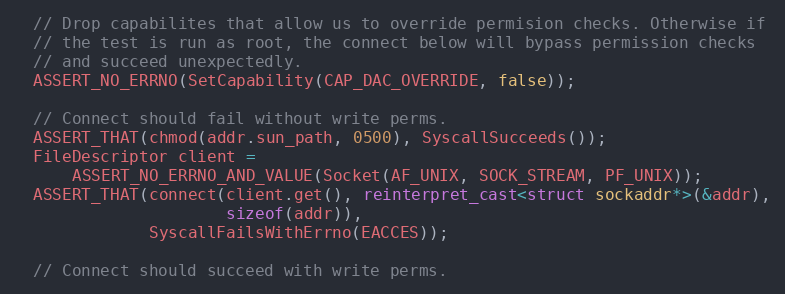
Language: C++
  // Drop capabilites that allow us to override permision checks. Otherwise if
  // the test is run as root, the connect below will bypass permission checks
  // and succeed unexpectedly.
  ASSERT_NO_ERRNO(SetCapability(CAP_DAC_OVERRIDE, false));

  // Connect should fail without write perms.
  ASSERT_THAT(chmod(addr.sun_path, 0500), SyscallSucceeds());
  FileDescriptor client =
      ASSERT_NO_ERRNO_AND_VALUE(Socket(AF_UNIX, SOCK_STREAM, PF_UNIX));
  ASSERT_THAT(connect(client.get(), reinterpret_cast<struct sockaddr*>(&addr),
                      sizeof(addr)),
              SyscallFailsWithErrno(EACCES));

  // Connect should succeed with write perms.